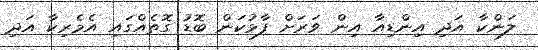
ލަންކާ އަދި އިންޑިއާ އިން ވަރަށް ފާޅުކަން ބޮޑު ގޮތެއްގައި އެމެރިކާ އަދި